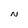
Character: N